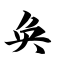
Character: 奂